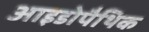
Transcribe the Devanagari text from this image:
आइडोपैथिक